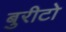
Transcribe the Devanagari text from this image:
बुरीटो